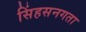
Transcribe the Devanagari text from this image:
सिंहसनगता